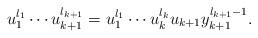
LaTeX: \begin{align*} u_1^{l_1}\cdots u_{k+1}^{l_{k+1}}=u_1^{l_1}\cdots u_k^{l_k}u_{k+1}y_{k+1}^{l_{k+1}-1}. \end{align*}